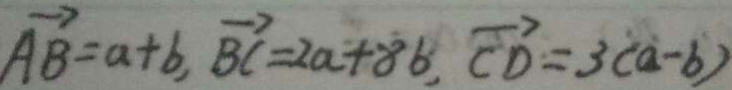
\overrightarrow { A B } = a + b , \overrightarrow { B C } = 2 a + 8 b , \overrightarrow { C D } = 3 ( a - b )